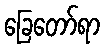
ခြေတော်ရာ